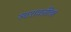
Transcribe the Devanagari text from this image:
स्वरावलींचा